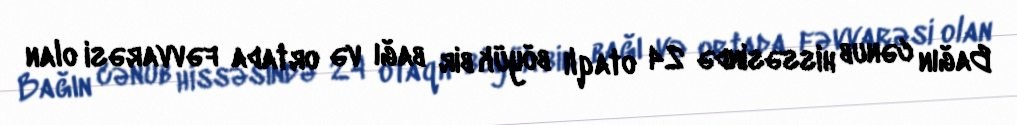
Bağın cənub hissəsində 24 otaqlı böyük bir bağı və ortada fəvvarəsi olan